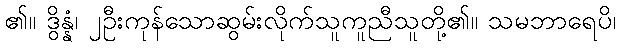
၏။ ဒွိန္နံ၊ ၂ဦးကုန်သောဆွမ်းလိုက်သူကူညီသူတို့၏။ သမဘာရေပိ၊